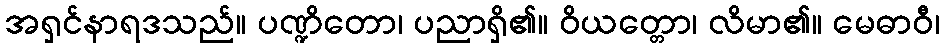
အရှင်နာရဒသည်။ ပဏ္ဍိတော၊ ပညာရှိ၏။ ဝိယတ္တော၊ လိမာ၏။ မေဓာဝီ၊